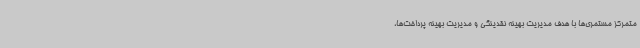
متمرکز مستمری‌ها با هدف مدیریت بهینه نقدینگی و مدیریت بهینه پرداخت‌ها،